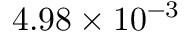
4 . 9 8 \times 1 0 ^ { - 3 }